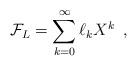
LaTeX: \begin{align*}\mathcal{F}_L = \sum_{k=0}^{\infty} \ell_kX^k \enspace ,\end{align*}